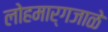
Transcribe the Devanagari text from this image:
लोहमार्गजाळे